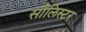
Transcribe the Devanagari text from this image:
सौलिस्टर